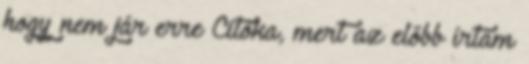
hogy nem jár erre Citóka, mert az előbb írtam